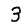
Digit: 3